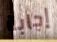
إجابة